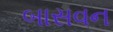
બાસવન